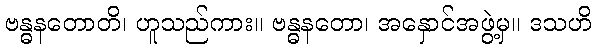
ဗန္ဓနတောတိ၊ ဟူသည်ကား။ ဗန္ဓနတော၊ အနှောင်အဖွဲ့မှ။ ဒသဟိ